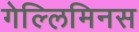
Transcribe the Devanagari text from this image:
गेल्‍लिमिनस